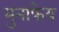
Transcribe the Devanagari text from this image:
मुनाफेय